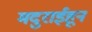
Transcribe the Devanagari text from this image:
मदुराईहून